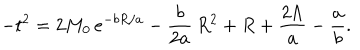
- t ^ { 2 } = 2 M _ { 0 } \, e ^ { - b R / a } - { \frac { b } { 2 a } } \, R ^ { 2 } + R + { \frac { 2 \Lambda } { a } } - { \frac { a } { b } } .